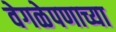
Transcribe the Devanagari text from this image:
वेगळेपणाच्या